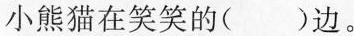
小熊猫在笑笑的()边。